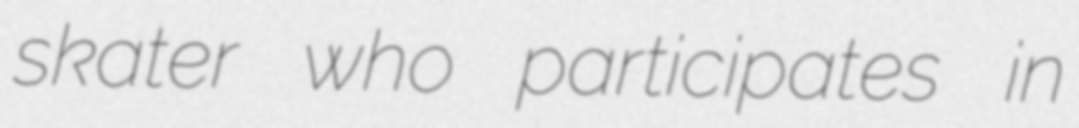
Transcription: skater who participates in